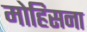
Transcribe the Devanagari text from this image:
मोहिसना